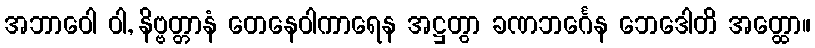
အဘာဝေါ ဝါ, နိဗ္ဗတ္တာနံ တေနေဝါကာရေန အဋ္ဌတွာ ခဏဘင်္ဂေန ဘေဒေါတိ အတ္ထော။